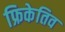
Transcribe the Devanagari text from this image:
फ्रिकेतिव